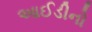
આઈડીનો